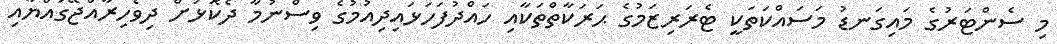
މި ސެންޓަރުގެ މައިގަނޑު މަސައްކަތަކީ ޓެރަރިޒަމުގެ ޙަރަކާތްތަކާއި ހައްދުފަހަޅައިދިއުމުގެ ވިސްނުމާ ދެކޮޅަށް ދިވެހިރާއްޖޭގައްޔާއި